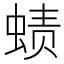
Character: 𰳁